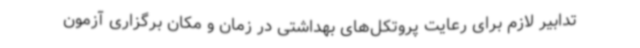
تدابیر لازم برای رعایت پروتکل‌های بهداشتی در زمان و مکان برگزاری آزمون